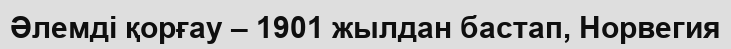
Әлемді қорғау – 1901 жылдан бастап, Норвегия